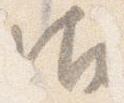
御